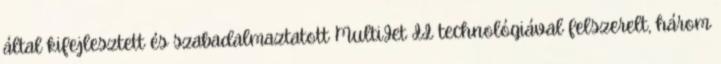
által kifejlesztett és szabadalmaztatott MultiJet II technológiával felszerelt, három